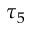
\tau _ { 5 }